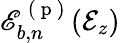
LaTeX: \mathscr{E}_{b,n}^{\mathrm{~(~p~)~}}(\mathcal{E}_{z})